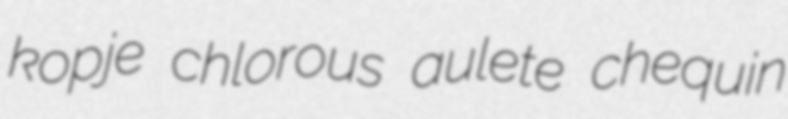
kopje chlorous aulete chequin